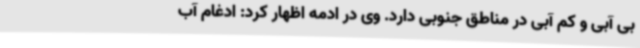
بی آبی و کم آبی در مناطق جنوبی دارد. وی در ادمه اظهار کرد: ادغام آب